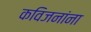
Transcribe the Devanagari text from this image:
कविजनांना